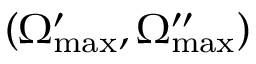
\left( \Omega _ { \mathrm { m a x } } ^ { \prime } , \Omega _ { \mathrm { m a x } } ^ { \prime \prime } \right)